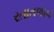
રતાતળાવ